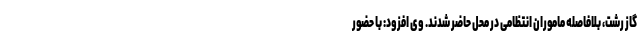
گاز رشت، بلافاصله ماموران انتظامی در محل حاضر شدند. وی افزود: با حضور